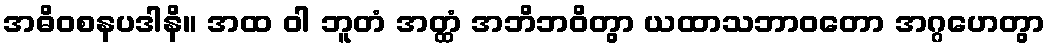
အဓိဝစနပဒါနိ။ အထ ဝါ ဘူတံ အတ္ထံ အဘိဘဝိတွာ ယထာသဘာဝတော အဂ္ဂဟေတွာ